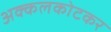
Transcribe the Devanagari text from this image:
अक्कलकोटकर